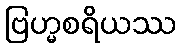
ဗြဟ္မစရိယဿ